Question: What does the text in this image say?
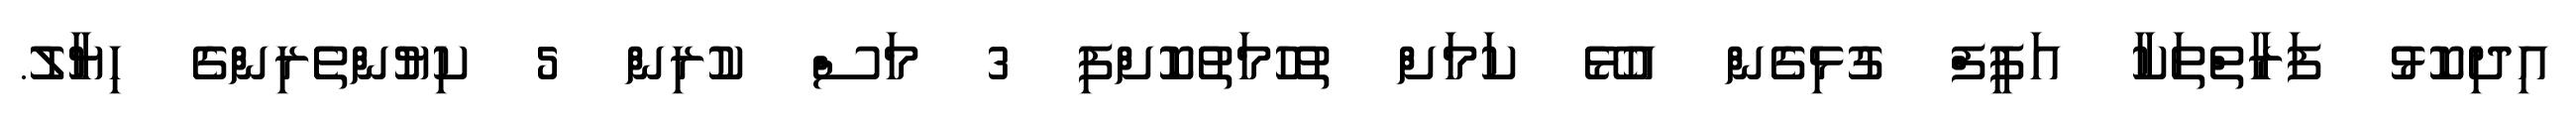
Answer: އިދިކޮޅު ފަރާތްތަކާ އަފީފް ގުޅިގެން އުޅޭ ކަމަށް ތުހުމަތުކޮށްފި 3 މަސް ކުރިން 5 ކިޔުންތެރިންގެ ހިޔާލު.